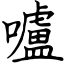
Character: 嚧